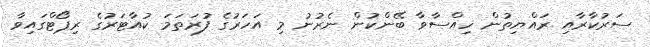
ސަރުކާރާއި ރައްޔިތުން ހިއްސާވާ ބޭންކުން ނެރުނު މި އަހަރުގެ ފުރަތަމަ ކުއާޓަރުގެ ރިޕޯޓްގައިވާ